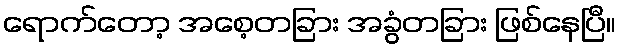
ရောက်တော့ အစေ့တခြား အခွံတခြား ဖြစ်နေပြီ။